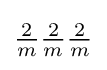
{\tfrac {2}{m}}{\tfrac {2}{m}}{\tfrac {2}{m}}